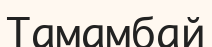
Тамамбай